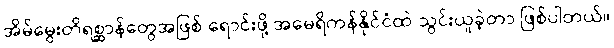
အိမ်မွေးတိရစ္ဆာန်တွေအဖြစ် ရောင်းဖို့ အမေရိကန်နိုင်ငံထဲ သွင်းယူခဲ့တာ ဖြစ်ပါတယ်။